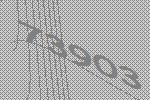
73903